Annual report of the Prince of Wales Medical College, Patna
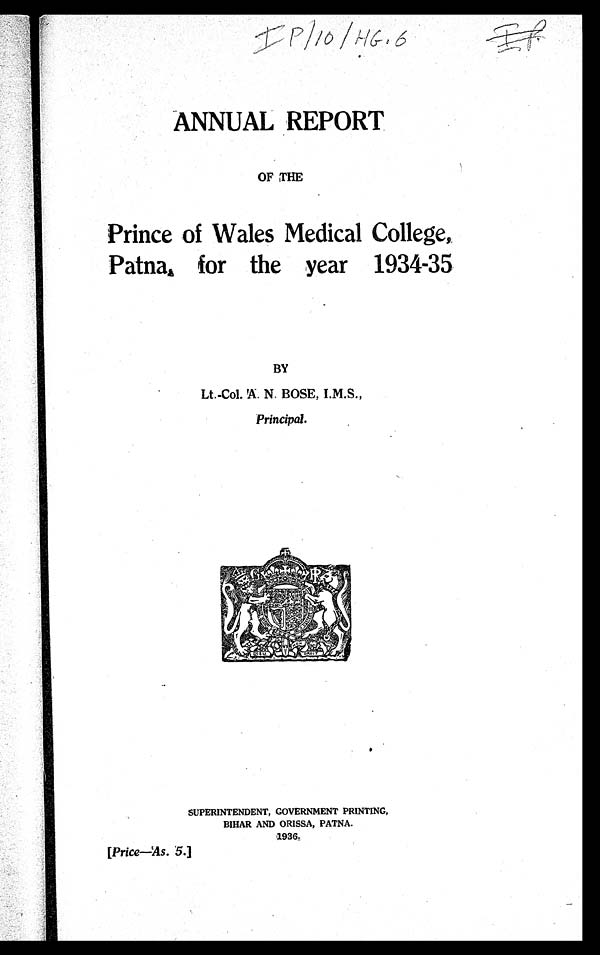
ANNUAL REPORT
OF THE
Prince of Wales Medical College,
Patna, for the year 1934-35
BY
Lt.-Col. A. N. BOSE, I.M.S.,
Principal.
SUPERINTENDENT, GOVERNMENT PRINTING,
BIHAR AND ORISSA, PATNA.
1936.
[Price—As. 5.]